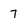
Character: 7